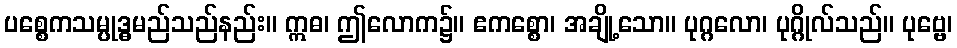
ပစ္စေကသမ္ပုဒ္ဓမည်သည်နည်း။ ဣဓ၊ ဤလောက၌။ ဧကစ္စော၊ အချို့သော။ ပုဂ္ဂလော၊ ပုဂ္ဂိုလ်သည်။ ပုဗ္ဗေ၊